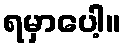
ရမှာပေါ့။